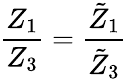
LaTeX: \frac{Z_{1}}{Z_{3}}=\frac{\tilde{Z}_{1}}{\tilde{Z}_{3}}